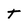
Character: T